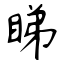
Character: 睇